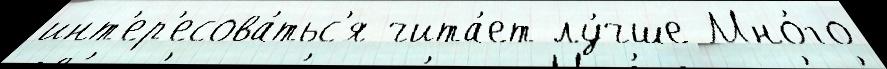
инт'ер'есова́тьс'я чита́ет лу́чше Мно́го